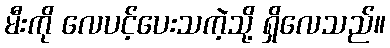
မီးကို လေပင့်ပေးသကဲ့သို့ ရှိလေသည်။